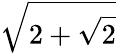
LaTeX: \sqrt{2+\sqrt{2}}